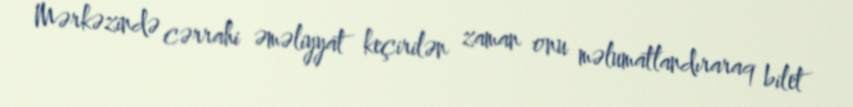
Mərkəzində cərrahi əməliyyat keçirilən zaman onu məlumatlandıraraq bilet